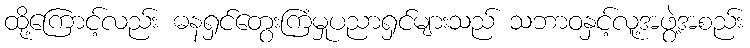
ထို့ကြောင့်လည်း ဓနရှင်တွေးကြံမှုပညာရှင်များသည် သဘာဝနှင့်လူ့အဖွဲ့အစည်း